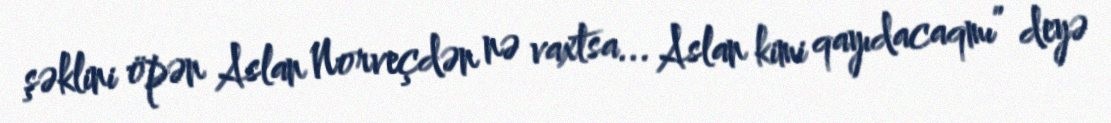
şəklini öpən Aslan Norveçdən nə vaxtsa... Aslan kimi qayıdacaqmı” deyə